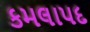
કમલાપદ